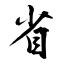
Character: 省